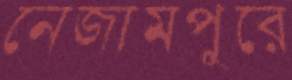
নেজামপুরে